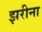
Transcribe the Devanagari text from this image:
झरीना